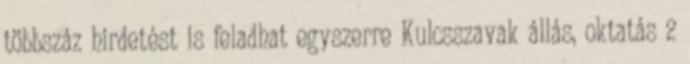
többszáz hirdetést is feladhat egyszerre Kulcsszavak állás, oktatás 2